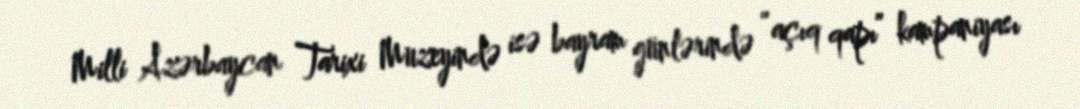
Milli Azərbaycan Tarixi Muzeyində isə bayram günlərində “açıq qapı” kampaniyası